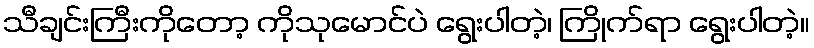
သီချင်းကြီးကိုတော့ ကိုသုမောင်ပဲ ရွေးပါတဲ့၊ ကြိုက်ရာ ရွေးပါတဲ့။